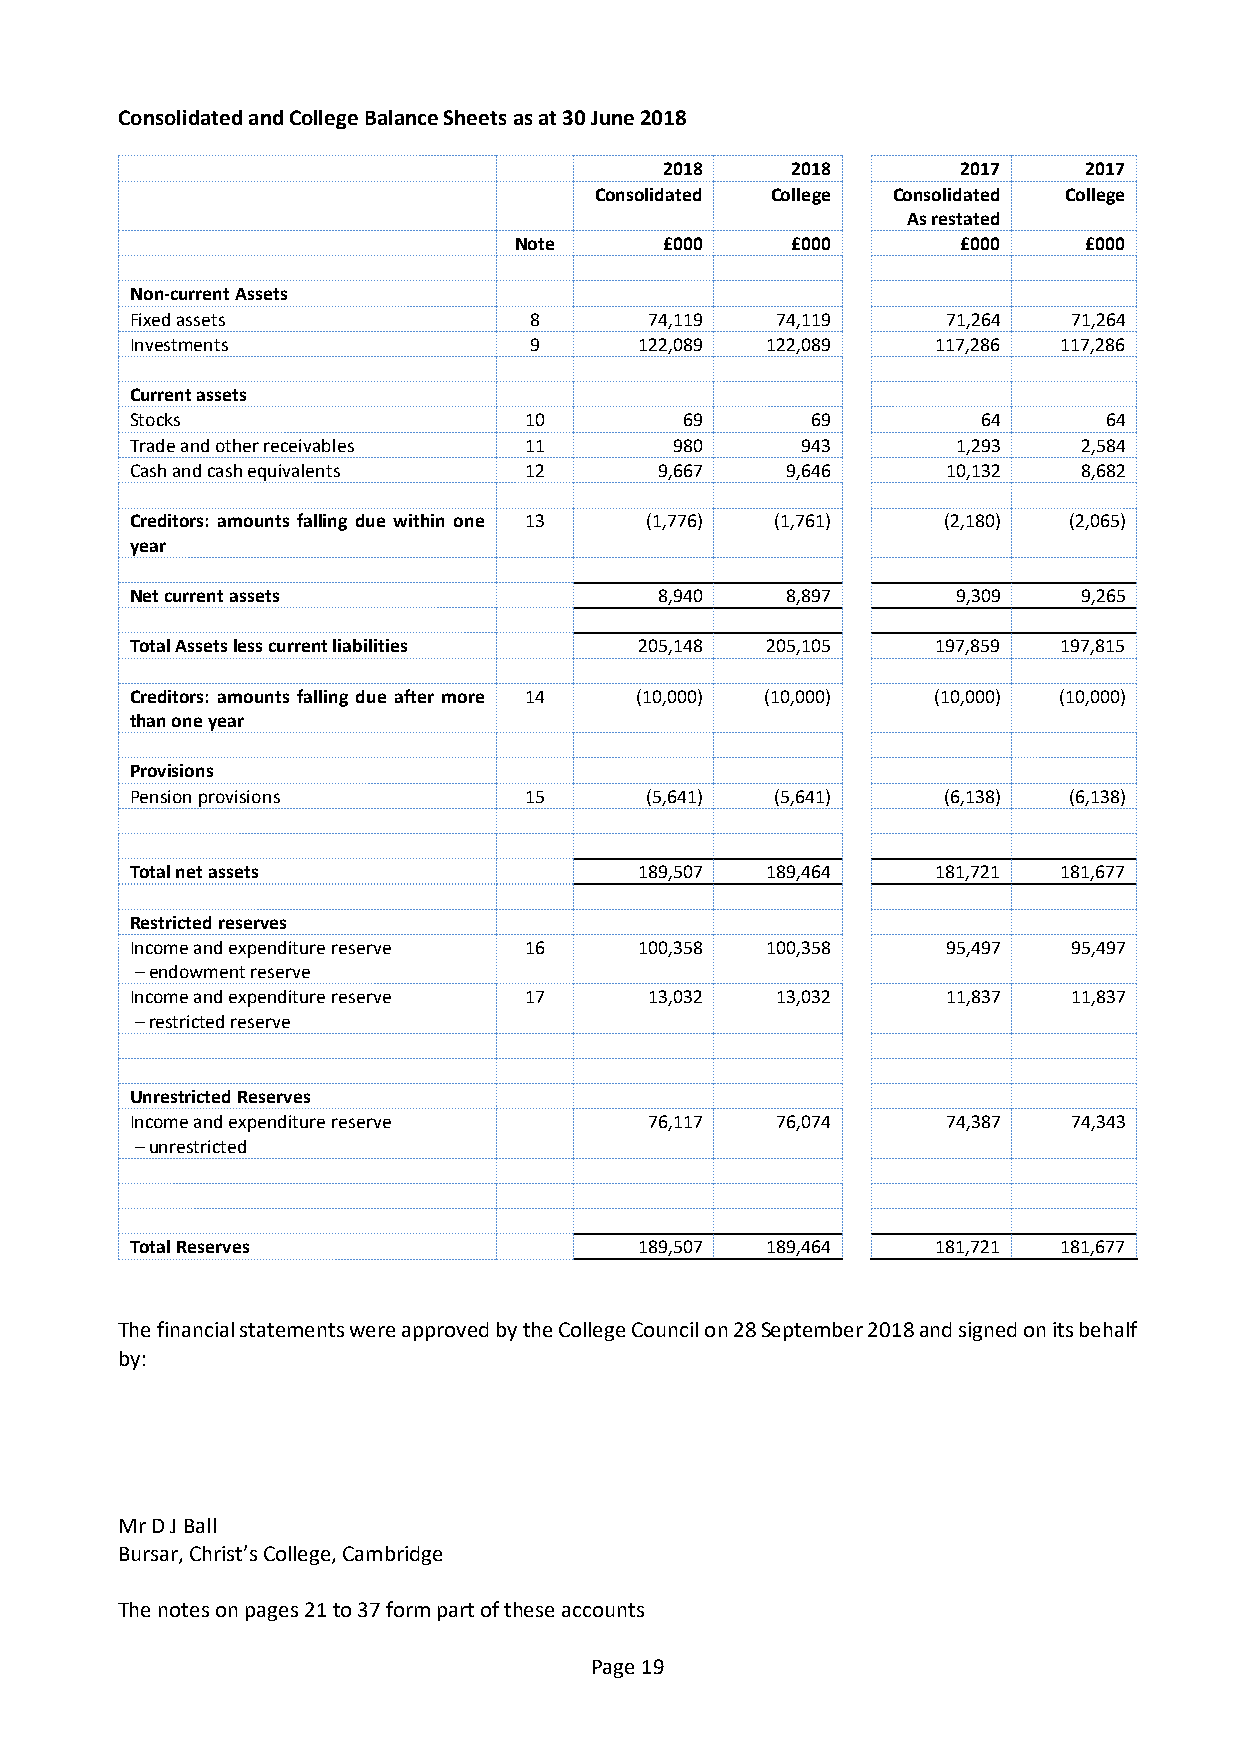
Consolidated and College Balance Sheets as at 30 June 2018
 2018    2018        2017    2017
 Consolidated College Consolidated College
 As restated
 Note      £000    £000        £000    £000
 Non-current Assets
 Fixed assets              8       74,119  74,119      71,264  71,264
 Investments               9      122,089  122,089    117,286 117,286
 Current assets
 Stocks                    10        69       69         64      64
 Trade and other receivables 11      980     943       1,293    2,584
 Cash and cash equivalents 12       9,667   9,646      10,132   8,682
 Creditors: amounts falling due within one 13 (1,776) (1,761) (2,180) (2,065)
 year
 Net current assets                 8,940   8,897      9,309    9,265
 Total Assets less current liabilities 205,148 205,105 197,859 197,815
 Creditors: amounts falling due after more 14 (10,000) (10,000) (10,000) (10,000)
 than one year
 Provisions
 Pension provisions        15      (5,641) (5,641)    (6,138)  (6,138)
 Total net assets                 189,507  189,464    181,721 181,677
 Restricted reserves
 Income and expenditure reserve 16 100,358 100,358     95,497  95,497
 – endowment reserve
 Income and expenditure reserve 17 13,032  13,032      11,837  11,837
 – restricted reserve
 Unrestricted Reserves
 Income and expenditure reserve    76,117  76,074      74,387  74,343
 – unrestricted
 Total Reserves                   189,507  189,464    181,721 181,677
 The financial statements were approved by the College Council on 28 September 2018 and signed on its behalf
 by:
 Mr D J Ball
 Bursar, Christ’s College, Cambridge
 The notes on pages 21 to 37 form part of these accounts
 Page 19